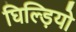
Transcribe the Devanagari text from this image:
घिल्ड़ियो